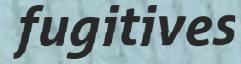
fugitives